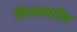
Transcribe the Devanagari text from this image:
नित्यामधील